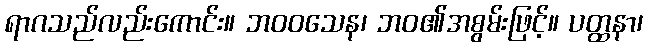
ရာဂသည်လည်းကောင်း။ ဘဝဝသေန၊ ဘဝ၏အစွမ်းဖြင့်။ ပတ္ထနာ၊